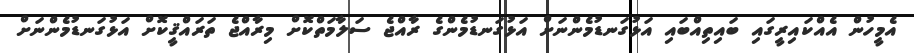
އެމީހުން އެއްކައިރީގައި ބައިތިއްބައި އަޅުގަނޑުމެންނަށް އަޅުގަނޑުމެންގެ ރާއްޖެ ސަލާމަތްކޮށް މިރާއްޖެ ތަރައްޤީކޮށް އަޅުގަނޑުމެންނަށް